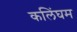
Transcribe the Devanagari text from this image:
कलिंघम